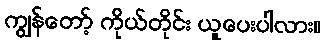
ကျွန်တော့် ကိုယ်တိုင်း ယူပေးပါလား။